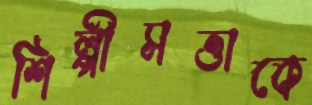
শিল্পীসত্তাকে